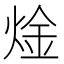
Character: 𬊝